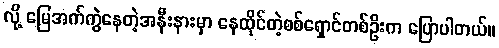
လို့ မြေအက်ကွဲနေတဲ့အနီးနားမှာ နေထိုင်တဲ့စစ်ရှောင်တစ်ဦးက ပြောပါတယ်။